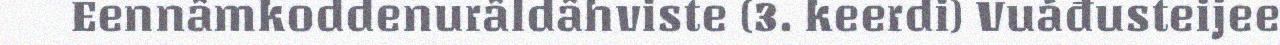
Eennâmkoddenurâldâhviste (3. keerdi) Vuáđusteijee